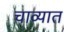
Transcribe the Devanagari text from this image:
चाव्यात